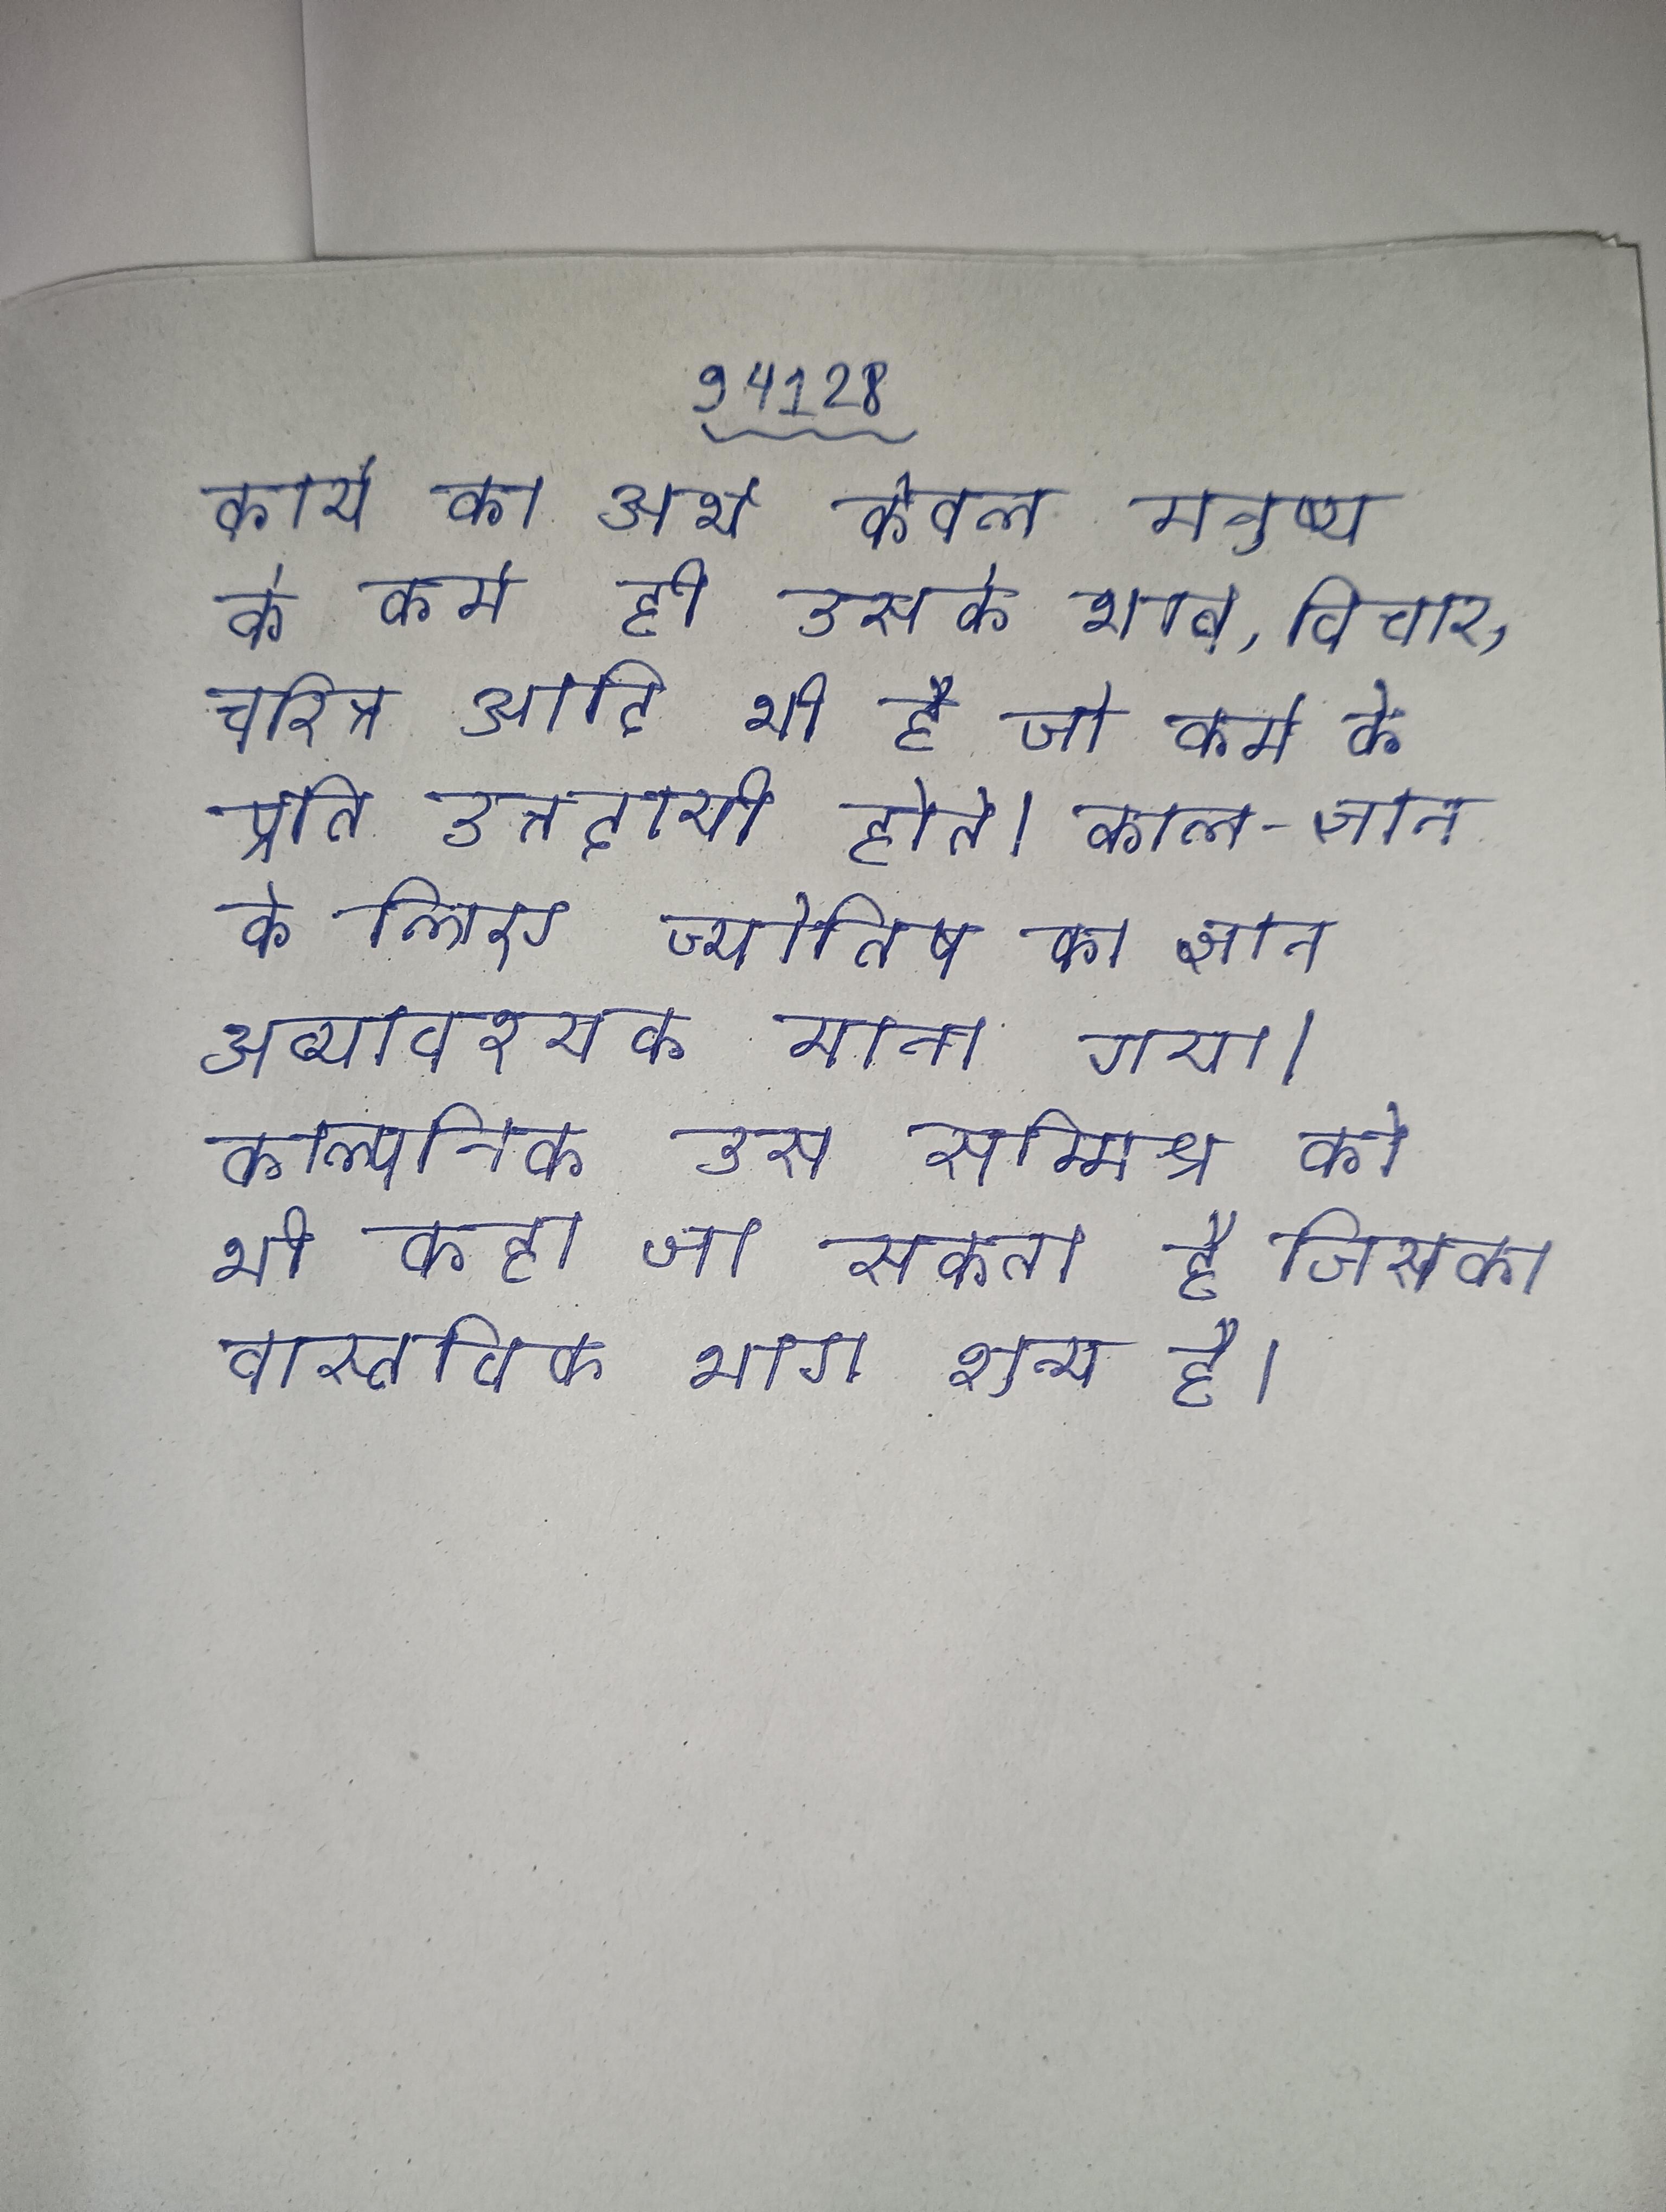
कार्य का अर्थ केवल मनुष्य के कर्म ही उसके भाव, विचार, चरित्र आदि भी है जो कर्म के प्रति उत्तरदायी होते । काल-ज्ञान के लिए ज्योतिष का ज्ञान अत्यावश्यक माना गया । काल्पनिक उस सम्मिश्र को भी कहा जा सकता है जिसका वास्तविक भाग शून्य है ।